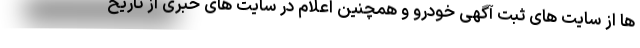
ها از سایت های ثبت آگهی خودرو و همچنین اعلام در سایت های خبری از تاریخ